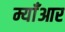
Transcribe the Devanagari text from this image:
म्याँआर